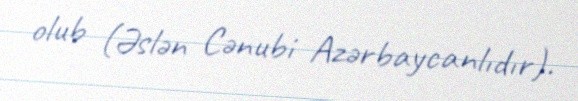
olub (Əslən Cənubi Azərbaycanlıdır).